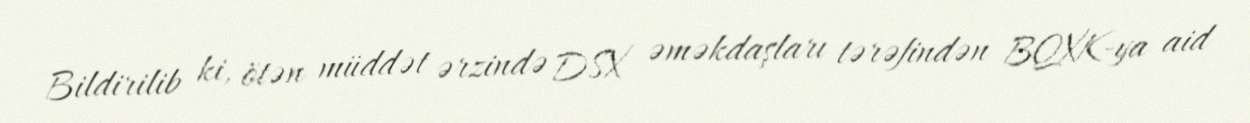
Bildirilib ki, ötən müddət ərzində DSX əməkdaşları tərəfindən BQXK-ya aid